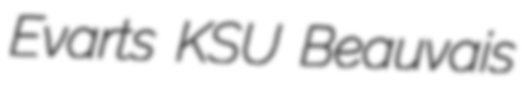
Evarts KSU Beauvais